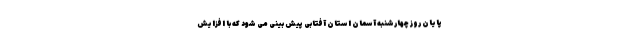
پایان روز چهارشنبه آسمان استان آفتابی پیش بینی می شود که با افزایش